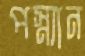
পস্ন্যান